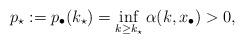
LaTeX: \begin{align*}p_\star := p_{\bullet}(k_\star) = \inf_{k \ge k_\star} \alpha(k, x_\bullet) > 0,\end{align*}